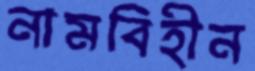
নামবিহীন